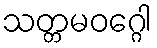
သတ္တမဝဂ္ဂေါ